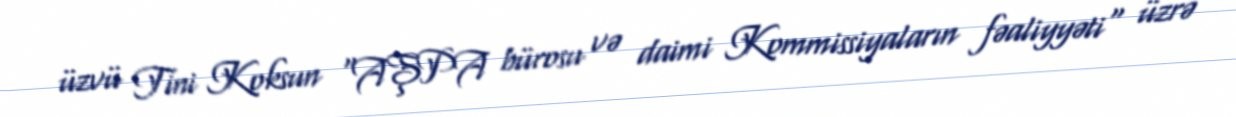
üzvü Tini Koksun "AŞPA bürosu və daimi Kommissiyaların fəaliyyəti" üzrə